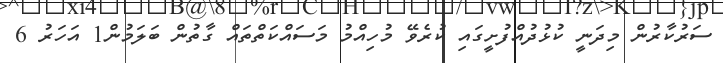
ސަރުކާރުން މިދަނީ ކުޅުދުއްފުށީގައި ކުރެވޭ މުހިއްމު މަސައްކަތްތައް ގާތުން ބަލަމުން1 އަހަރު 6